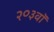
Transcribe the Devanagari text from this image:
२०३वॉ